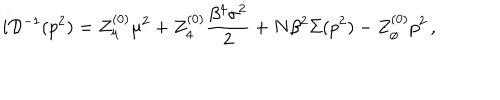
i { \cal D } ^ { - 1 } ( p ^ { 2 } ) = Z _ { \mu } ^ { ( 0 ) } \mu ^ { 2 } + Z _ { 4 } ^ { ( 0 ) } \frac { \beta ^ { 4 } \sigma ^ { 2 } } { 2 } + N \beta ^ { 2 } \Sigma ( p ^ { 2 } ) - Z _ { \phi } ^ { ( 0 ) } p ^ { 2 } \, ,